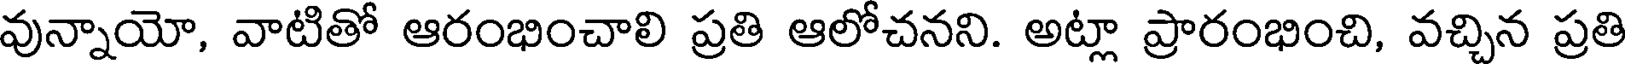
వున్నాయో, వాటితో ఆరంభించాలి ప్రతి ఆలోచనని. అట్లా ప్రారంభించి, వచ్చిన ప్రతి